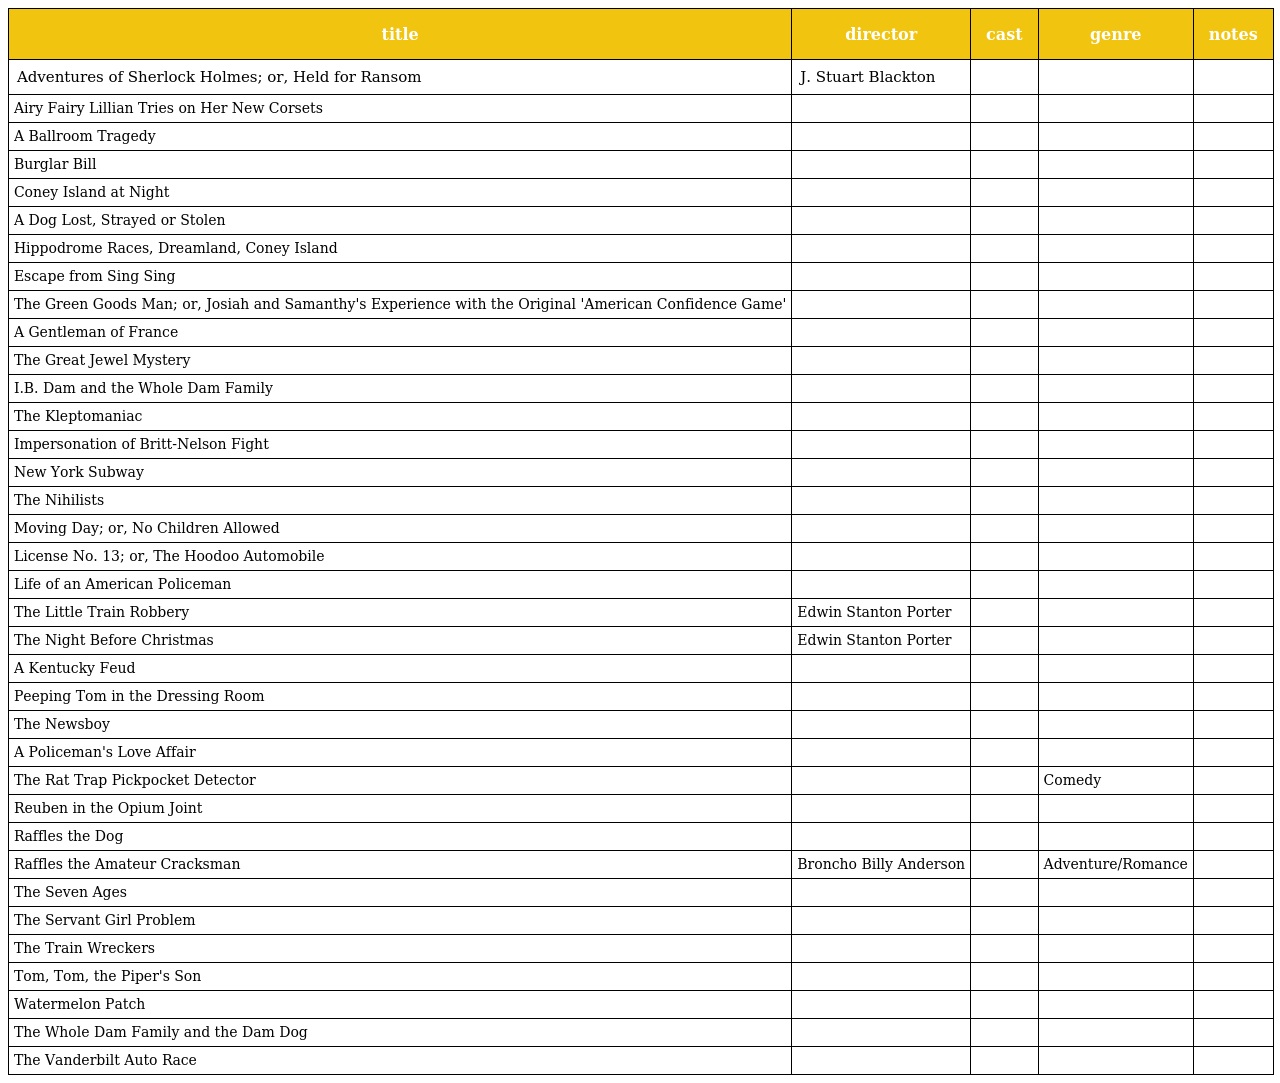
| title | director | cast | genre | notes |
 | --- | --- | --- | --- | --- |
 | Adventures of Sherlock Holmes; or, Held for Ransom | J. Stuart Blackton |  |  |  |
 | Airy Fairy Lillian Tries on Her New Corsets |  |  |  |  |
 | A Ballroom Tragedy |  |  |  |  |
 | Burglar Bill |  |  |  |  |
 | Coney Island at Night |  |  |  |  |
 | A Dog Lost, Strayed or Stolen |  |  |  |  |
 | Hippodrome Races, Dreamland, Coney Island |  |  |  |  |
 | Escape from Sing Sing |  |  |  |  |
 | The Green Goods Man; or, Josiah and Samanthy's Experience with the Original 'American Confidence Game' |  |  |  |  |
 | A Gentleman of France |  |  |  |  |
 | The Great Jewel Mystery |  |  |  |  |
 | I.B. Dam and the Whole Dam Family |  |  |  |  |
 | The Kleptomaniac |  |  |  |  |
 | Impersonation of Britt-Nelson Fight |  |  |  |  |
 | New York Subway |  |  |  |  |
 | The Nihilists |  |  |  |  |
 | Moving Day; or, No Children Allowed |  |  |  |  |
 | License No. 13; or, The Hoodoo Automobile |  |  |  |  |
 | Life of an American Policeman |  |  |  |  |
 | The Little Train Robbery | Edwin Stanton Porter |  |  |  |
 | The Night Before Christmas | Edwin Stanton Porter |  |  |  |
 | A Kentucky Feud |  |  |  |  |
 | Peeping Tom in the Dressing Room |  |  |  |  |
 | The Newsboy |  |  |  |  |
 | A Policeman's Love Affair |  |  |  |  |
 | The Rat Trap Pickpocket Detector |  |  | Comedy |  |
 | Reuben in the Opium Joint |  |  |  |  |
 | Raffles the Dog |  |  |  |  |
 | Raffles the Amateur Cracksman | Broncho Billy Anderson |  | Adventure/Romance |  |
 | The Seven Ages |  |  |  |  |
 | The Servant Girl Problem |  |  |  |  |
 | The Train Wreckers |  |  |  |  |
 | Tom, Tom, the Piper's Son |  |  |  |  |
 | Watermelon Patch |  |  |  |  |
 | The Whole Dam Family and the Dam Dog |  |  |  |  |
 | The Vanderbilt Auto Race |  |  |  |  |